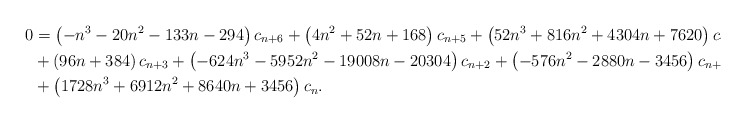
\begin{align*}0 &= \left(-n^3 - 20n^2 - 133n - 294\right) c_{n+6} + \left(4n^2+ 52n + 168\right) c_{n+5}+ \left(52n^3 + 816n^2 + 4304n +7620\right) c_{n+4} \\&+ \left(96n + 384\right) c_{n+3}+ \left(-624n^3 - 5952n^2 - 19008n - 20304\right) c_{n+2} + \left(-576n^2 - 2880n - 3456\right) c_{n+1} \\&+ \left(1728n^3 + 6912n^2+ 8640n + 3456\right)c_n.\end{align*}